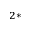
^ { 2 * }